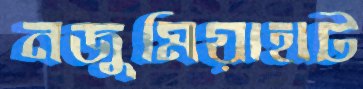
নজুমিয়াহাট